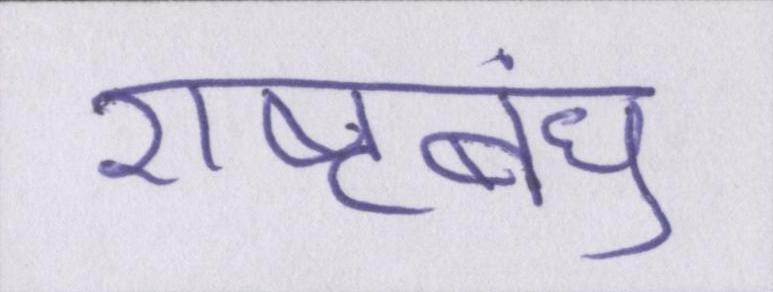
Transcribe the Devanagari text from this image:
राष्ट्रबंधु